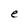
Character: e